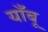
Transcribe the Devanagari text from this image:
याँबू